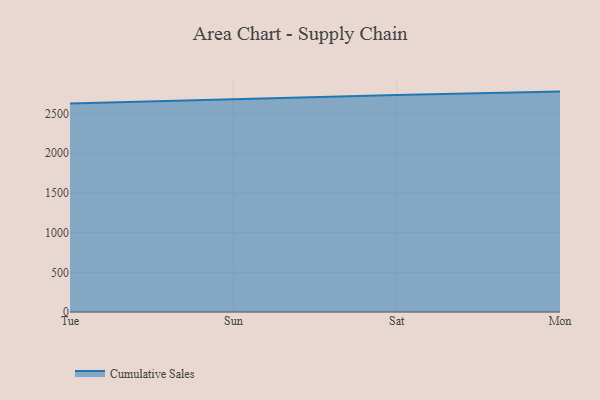
{"axis": {"x": "Day", "y": "Backlog"}, "legend": ["Cumulative Sales"], "data": [{"x": "Tue", "y": 2626.5, "type": "Cumulative Sales"}, {"x": "Sun", "y": 2683.2, "type": "Cumulative Sales"}, {"x": "Sat", "y": 2734.1, "type": "Cumulative Sales"}, {"x": "Mon", "y": 2776.6, "type": "Cumulative Sales"}]}